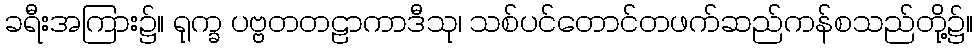
ခရီးအကြား၌။ ရုက္ခ ပဗ္ဗတတဠာကာဒီသု၊ သစ်ပင်တောင်တဖက်ဆည်ကန်စသည်တို့၌။